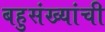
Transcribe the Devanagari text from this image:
बहुसंख्यांची